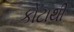
કોટાથી